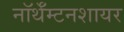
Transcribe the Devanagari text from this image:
नॉर्थॅम्टनशायर